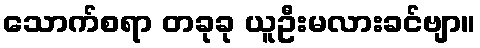
သောက်စရာ တခုခု ယူဦးမလားခင်ဗျာ။